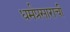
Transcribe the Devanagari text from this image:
धर्मप्रसाराची